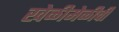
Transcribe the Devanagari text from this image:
खेळीमेळीची